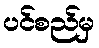
ပင်စည်မှ